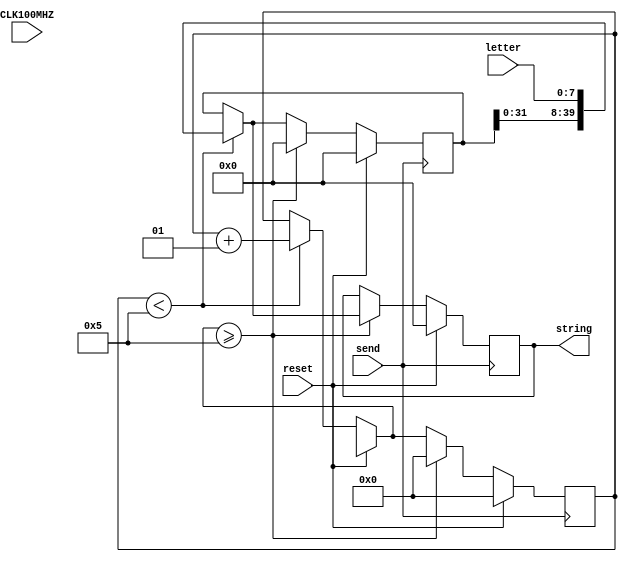
`timescale 1ns / 1ps
//////////////////////////////////////////////////////////////////////////////////
// Company: 
// Engineer: 
// 
// Design Name: 
// Module Name: concatenator
// Project Name: 
// Target Devices: 
// Tool Versions: 
// Description: 
// 
// Dependencies: 
// 
// Revision:
// Revision 0.01 - File Created
// Additional Comments:
// 
//////////////////////////////////////////////////////////////////////////////////
/* sources:
https://courses.cs.washington.edu/courses/cse467/05wi/pdfs/lectures/07-SequentialVerilog.pdf
*/

module concatenator(
input [7:0]letter,
input CLK100MHZ,
input send,
input reset,
output reg [39:0]string

    );
    reg [39:0]stringInProgress;
    integer counter = 0;
    
    always @ (posedge send) begin
        if (reset == 1) begin
            stringInProgress = 0;
            string <=stringInProgress;
            counter = 0;
        end // end reset
        
        else if (reset == 0) begin
            if (counter < 5) begin
                stringInProgress = {stringInProgress, letter};
                counter = counter + 1;
            end // end letter
            
            if (counter >= 5) begin
                counter = 0;
                string <= stringInProgress;
                stringInProgress = 0;
            end // end counter == 4
        end // end reset == 0
    end
    
    
endmodule